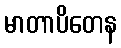
မာတာပိတေန